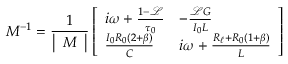
M ^ { - 1 } = \frac { 1 } { \left| \begin{array} { l } { M } \end{array} \right| } \left[ \begin{array} { l l } { i \omega + \frac { 1 - \mathscr { L } } { \tau _ { 0 } } } & { - \frac { \mathscr { L } G } { I _ { 0 } L } } \\ { \frac { I _ { 0 } R _ { 0 } ( 2 + \beta ) } { C } } & { i \omega + \frac { R _ { \ell } + R _ { 0 } ( 1 + \beta ) } { L } } \end{array} \right]